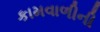
કામવાળીની